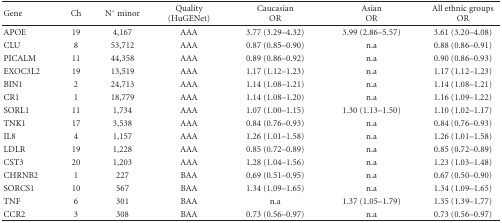
<table><thead><tr><td><b>Gene</b></td><td><b>Ch</b></td><td><b>N° minor</b></td><td><b>Quality (HuGENet)</b></td><td><b>Caucasian OR</b></td><td><b>Asian OR</b></td><td><b>All ethnic groups OR</b></td></tr></thead><tbody><tr><td>APOE</td><td>19</td><td>4,167</td><td>AAA</td><td>3.77 (3.29–4.32)</td><td>3.99 (2.86–5.57)</td><td>3.61 (3.20–4.08)</td></tr><tr><td>CLU</td><td>8</td><td>53,712</td><td>AAA</td><td>0.87 (0.85–0.90)</td><td>n.a</td><td>0.88 (0.86–0.91)</td></tr><tr><td>PICALM</td><td>11</td><td>44,358</td><td>AAA</td><td>0.89 (0.86–0.92)</td><td>n.a</td><td>0.90 (0.86–0.93)</td></tr><tr><td>EXOC3L2</td><td>19</td><td>13,519</td><td>AAA</td><td>1.17 (1.12–1.23)</td><td>n.a</td><td>1.17 (1.12–1.23)</td></tr><tr><td>BIN1</td><td>2</td><td>24,713</td><td>AAA</td><td>1.14 (1.08–1.21)</td><td>n.a</td><td>1.14 (1.08–1.21)</td></tr><tr><td>CR1</td><td>1</td><td>18,779</td><td>AAA</td><td>1.14 (1.08–1.20)</td><td>n.a</td><td>1.16 (1.09–1.22)</td></tr><tr><td>SORL1</td><td>11</td><td>1,734</td><td>AAA</td><td>1.07 (1.00–1.15)</td><td>1.30 (1.13–1.50)</td><td>1.10 (1.02–1.17)</td></tr><tr><td>TNK1</td><td>17</td><td>3,538</td><td>AAA</td><td>0.84 (0.76–0.93)</td><td>n.a</td><td>0.84 (0.76–0.93)</td></tr><tr><td>IL8</td><td>4</td><td>1,157</td><td>AAA</td><td>1.26 (1.01–1.58)</td><td>n.a</td><td>1.26 (1.01–1.58)</td></tr><tr><td>LDLR</td><td>19</td><td>1,228</td><td>AAA</td><td>0.85 (0.72–0.89)</td><td>n.a</td><td>0.85 (0.72–0.89)</td></tr><tr><td>CST3</td><td>20</td><td>1,203</td><td>AAA</td><td>1.28 (1.04–1.56)</td><td>n.a</td><td>1.23 (1.03–1.48)</td></tr><tr><td>CHRNB2</td><td>1</td><td>227</td><td>BAA</td><td>0.69 (0.51–0.95)</td><td>n.a</td><td>0.67 (0.50–0.90)</td></tr><tr><td>SORCS1</td><td>10</td><td>567</td><td>BAA</td><td>1.34 (1.09–1.65)</td><td>n.a</td><td>1.34 (1.09–1.65)</td></tr><tr><td>TNF</td><td>6</td><td>301</td><td>BAA</td><td>n.a</td><td>1.37 (1.05–1.79)</td><td>1.35 (1.39–1.77)</td></tr><tr><td>CCR2</td><td>3</td><td>308</td><td>BAA</td><td>0.73 (0.56–0.97)</td><td>n.a</td><td>0.73 (0.56–0.97)</td></tr></tbody></table>